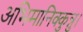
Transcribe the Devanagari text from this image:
अभिमानिक्कुन्नु।